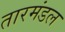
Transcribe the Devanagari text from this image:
तारमंडल